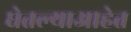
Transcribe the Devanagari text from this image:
घेतल्याआहेत